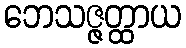
ဘေသဇ္ဇတ္ထာယ